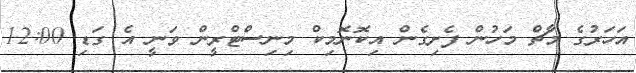
އަހަރުގެ މާޗް މަހުން ފެށިގެން އިކޮނޮމިކް މިނިސްޓްރީން ވަނީ އެ ގަޑި 12:00